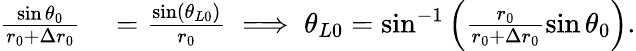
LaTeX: \begin{array}{rl}{\frac{\sin\theta_{0}}{r_{0}+\Delta r_{0}}}&{{}=\frac{\sin\left(\theta_{L0}\right)}{r_{0}}\implies\theta_{L0}=\sin^{-1}\left(\frac{r_{0}}{r_{0}+\Delta r_{0}}\sin\theta_{0}\right).}\end{array}